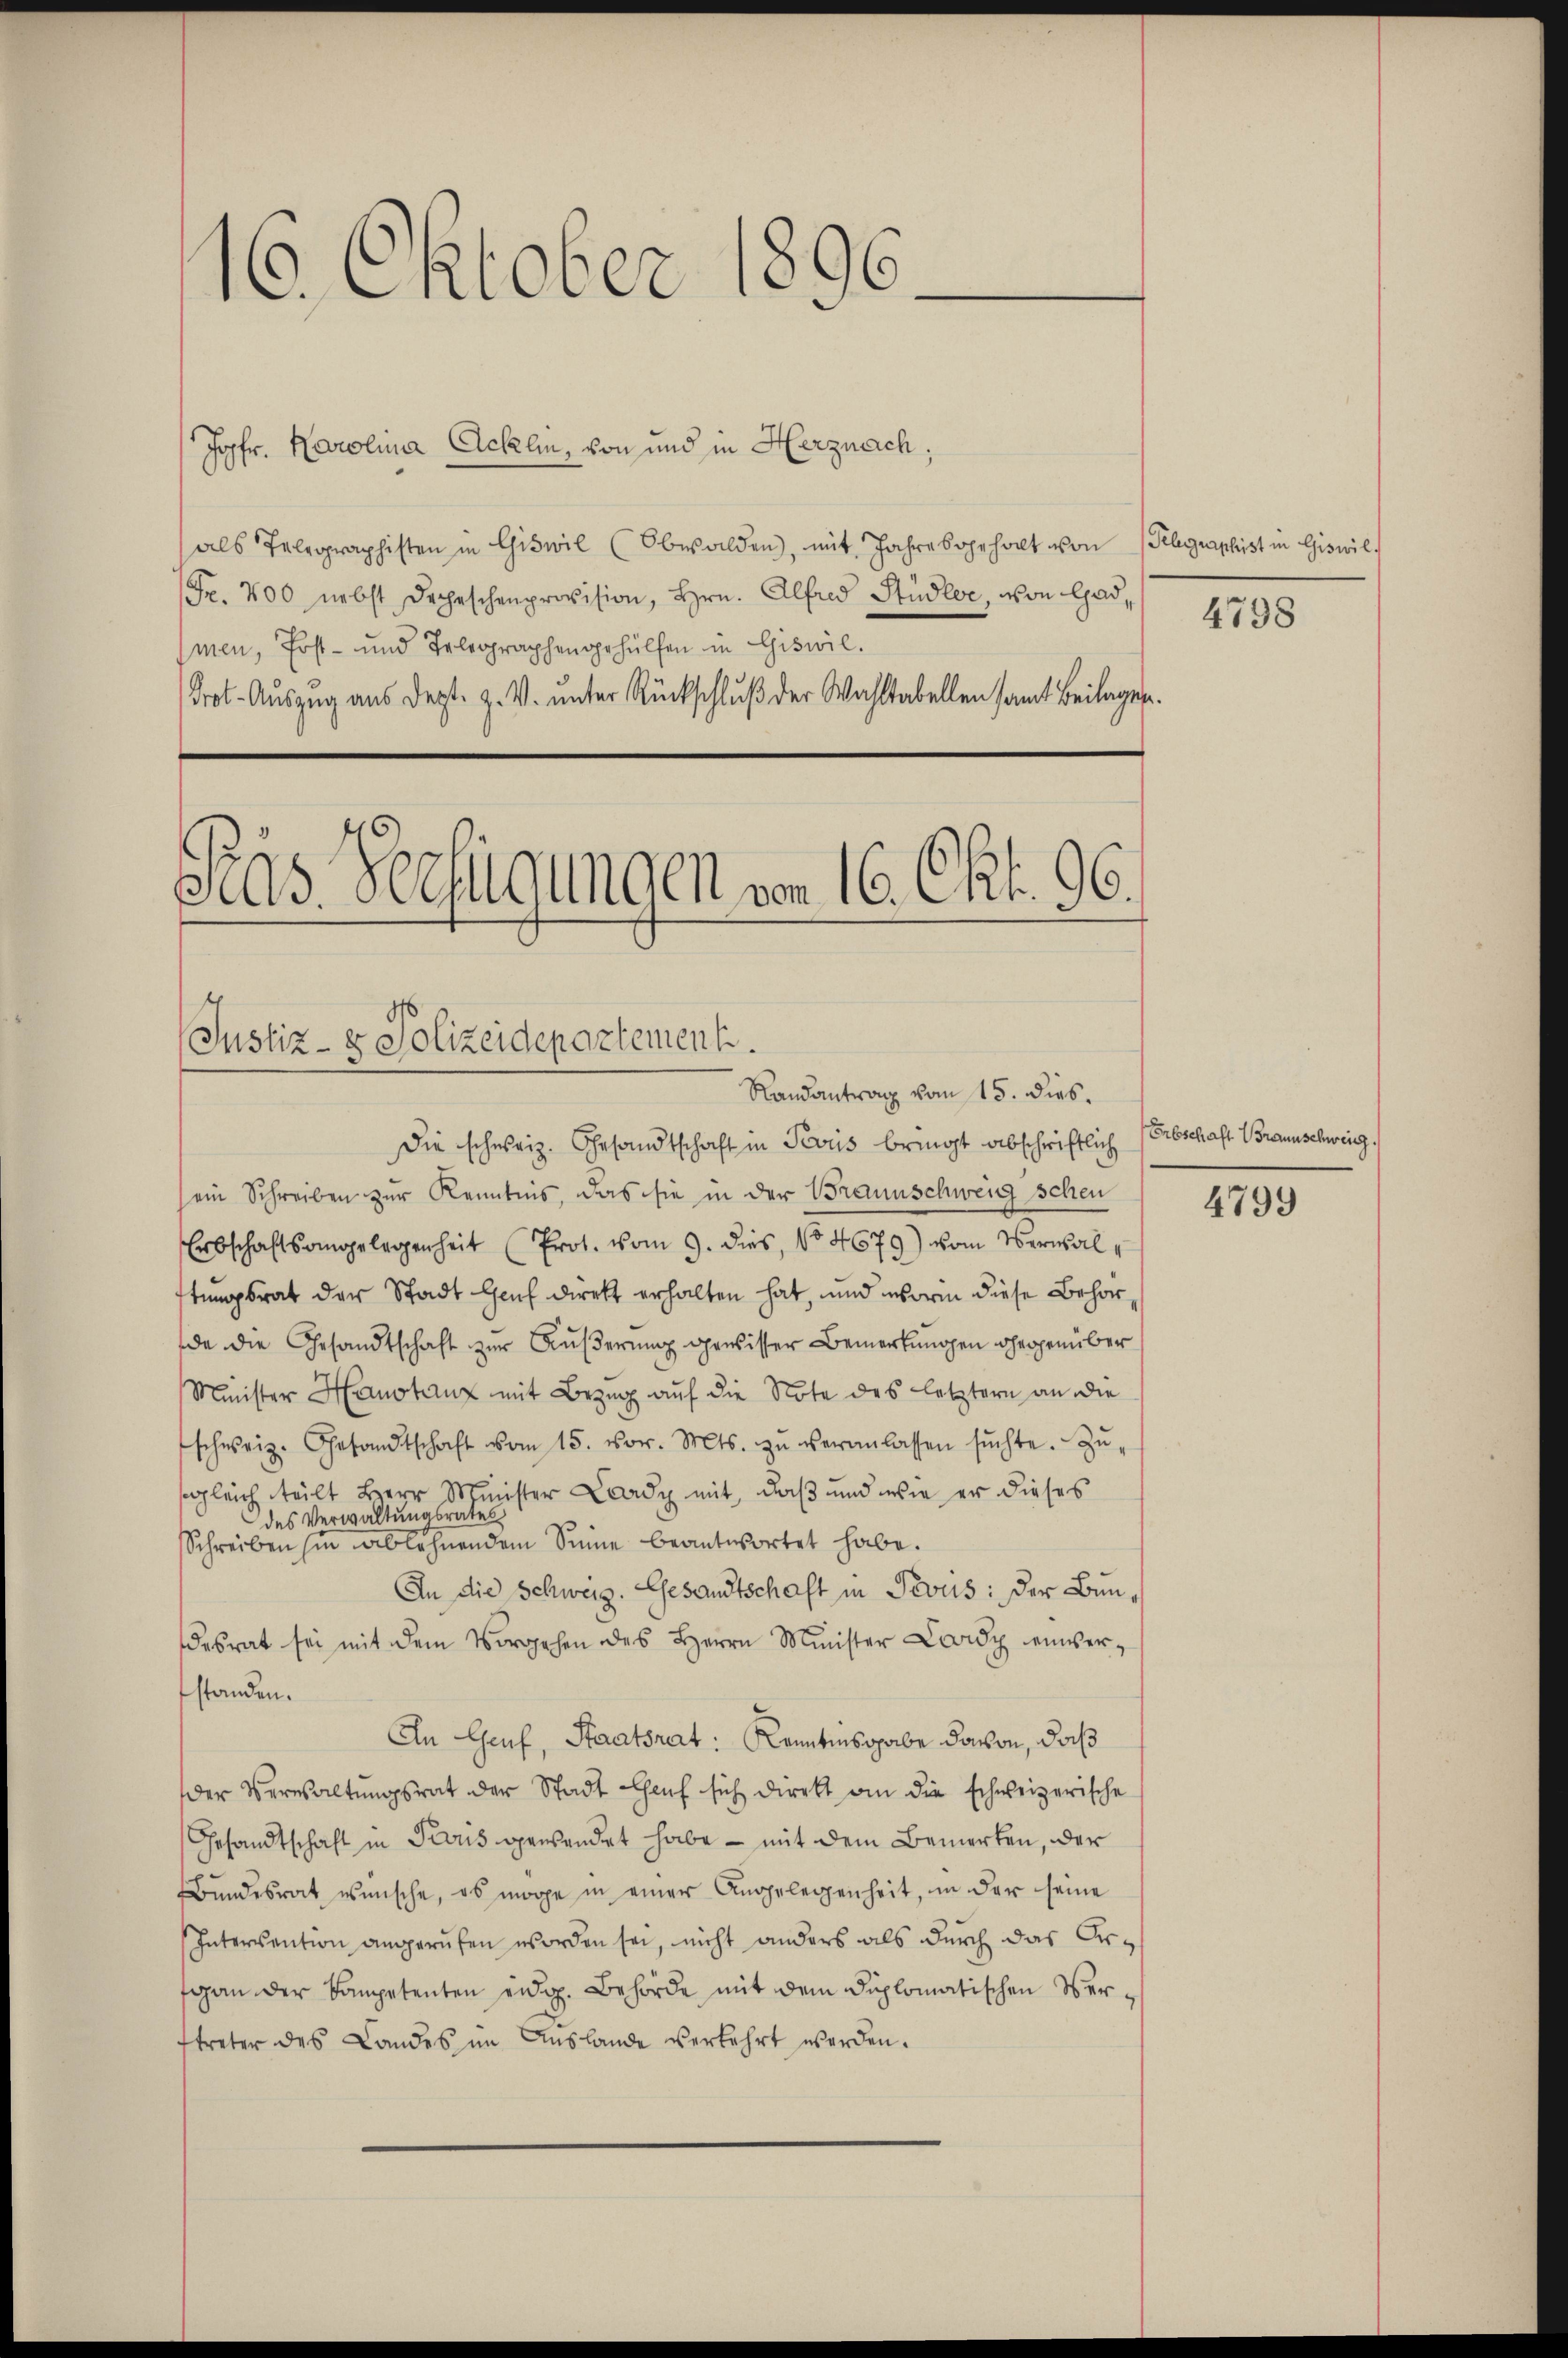
16. Oktober 1896.

Jopfr. Karolina Acklin, von und in Herznach,
als Telegraphisten in Giswil (Obwalden, mit Jahre sogehalt von
Fr. 400 nebst droheschenprovision, Hrn. Alfred Studler, von Gadmen, Post- und Telegraphengehülfen in Giswil.
Prot. Auszug aus dept. Z. V. unter Rückschluß der Wahltabellen samt Beilagen.
Das Verfügungen von 16. Okt. 96.

Justiz- & Polizeidepartement.
Randantrag vom 15. dies.

Die schweiz. Gesandtschaft in Peviis bringt abschriftlich
sein Schreiben zur Kenntnis, das sie in der Braunschweig schen
Erbschaftsangelegenheit (Prot. vom 9. dies, No 4679) vom Verwalstungsrat der Stadt Genf direkt erhalten hat, und worin diese Behör
de die Gesandtschaft zur Äußerung gewisser Bemerkungen gegenüber
Minister Hanstanz mit Bezug auf die Note des letztern an die
schweiz. Gesandtschaft vom 15. vor. Mts. zŭ veranlassen sŭchte. Zŭ-
sgleich teilt Herr Minister Lady mit, daß und wie er dieses
des Verwaltungsrates
Schreiben hin ablehnendem Sinne beantwortet habe.
In die Schweiz. Gesandtschaft in Peviis: Der Bundesrat sei mit dem Vorgehen des Herrn Minister Lardy einverstanden.
An Genf, Staatsrat: Kenntnisgabe davon, daß
Der Verwaltungsrat der Stadt Chef sich direkt an die schweizerische
Gesandtschaft in Paris gewendet habe - mit dem Bemerken, der
Bŭndesrat wünsche, es möge in einer Angelegenheit, in der seine
Intervention angerufen worden sei, nicht anders als durch das Argan der Campetenten eidg. Behörde mit dem diplomatischen Verftreter des Landes im Auslande verkehrt werden.

Telegraphist in Giswil,
4738

Erbschaft Braunschweig.

4799